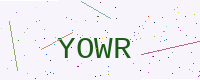
Text: YOWR